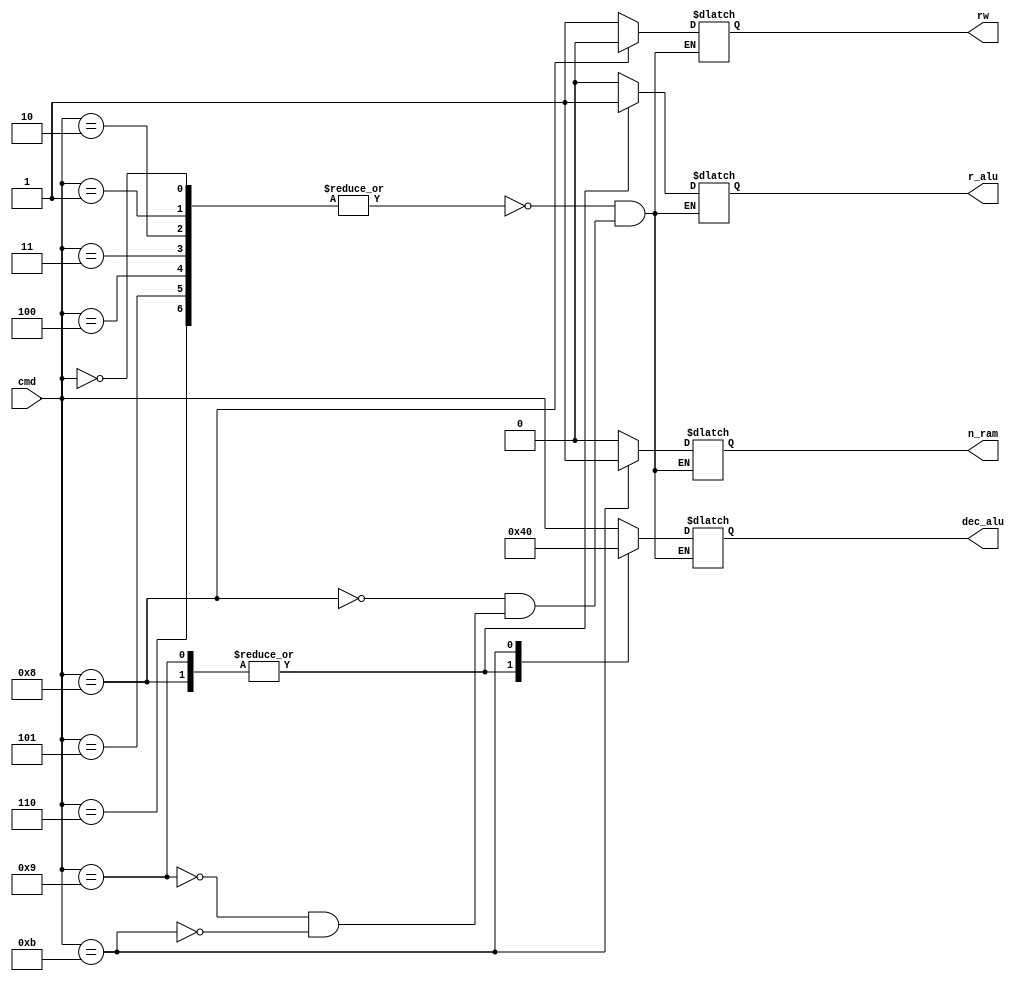
`timescale 1ns / 1ps
//////////////////////////////////////////////////////////////////////////////////
// Company: 
// Engineer: 
// 
// Design Name: 
// Module Name: control_unit
// Project Name: 
// Target Devices: 
// Tool Versions: 
// Description: 
// 
// Dependencies: 
// 
// Revision:
// Revision 0.01 - File Created
// Additional Comments:
// 
//////////////////////////////////////////////////////////////////////////////////


module control_unit(cmd, rw, dec_alu, r_alu, n_ram);
    input [3:0] cmd;
    output reg rw, r_alu, n_ram;
    output reg [3:0] dec_alu;
    
    always@(cmd)begin
        case(cmd)
            4'd0, 4'd1, 4'd2, 4'd3, 4'd4, 4'd5, 4'd6: begin
                dec_alu = cmd;
                rw = 1;
                r_alu = 0;
                n_ram = 0;
            end
            
            4'd8: begin
                dec_alu = 4'd4;
                rw = 0;
                r_alu = 1;
                n_ram = 0;
            end
            4'd9: begin
                dec_alu = 4'd4;
                rw = 1;
                r_alu = 1;
                n_ram = 0;
            end
            4'd11: begin
                dec_alu = 4'd0;
                rw = 1;
                r_alu = 0;
                n_ram = 1;
            end
        endcase
    end
endmodule